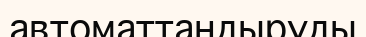
автоматтандыруды